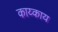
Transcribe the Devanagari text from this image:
काय्काय